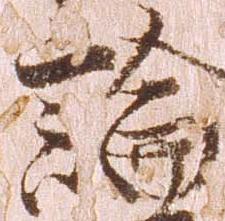
論